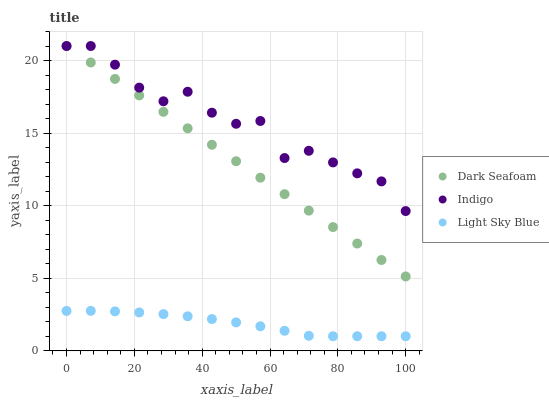
| xaxis_label | Dark Seafoam | Indigo | Light Sky Blue |
 | --- | --- | --- | --- |
 | 0 | 21 | 21 | 2.74 |
 | 7.14 | 19.9 | 21 | 2.75 |
 | 14.3 | 18.7 | 19.7 | 2.71 |
 | 21.4 | 17.6 | 18.1 | 2.64 |
 | 28.6 | 16.5 | 17.2 | 2.53 |
 | 35.7 | 15.3 | 17.8 | 2.38 |
 | 42.9 | 14.2 | 16.4 | 2.18 |
 | 50 | 13.1 | 15.6 | 1.95 |
 | 57.1 | 11.9 | 15.8 | 1.69 |
 | 64.3 | 10.8 | 13.3 | 1.38 |
 | 71.4 | 9.66 | 13.8 | 1.03 |
 | 78.6 | 8.52 | 13 | 1 |
 | 85.7 | 7.39 | 12.2 | 1 |
 | 92.9 | 6.26 | 11.7 | 1 |
 | 100 | 5.12 | 9.63 | 1 |